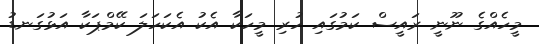
މީހެއްގެ ނޫނީ ރައީސް ކަމުގައި ހުރި މީހަކާ އެކު އެކަހަލަ ކޭމްޕަކާ އަޅުގަނޑު